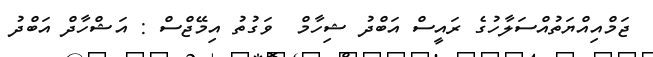
ޖަމްއިއްޔަތުއްސަލާހުގެ ރައީސް އަބްދު ޝިހާމް  ވަގުތު އިމޭޖްސް : އަޝްހާދް އަބްދު